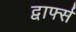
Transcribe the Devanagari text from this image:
द्वार्फ्स